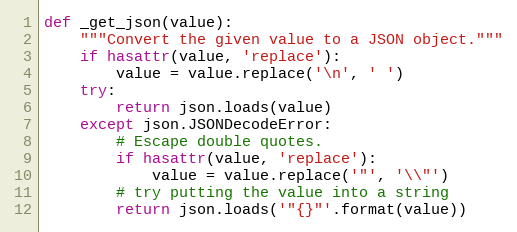
Language: Python
def _get_json(value):
    """Convert the given value to a JSON object."""
    if hasattr(value, 'replace'):
        value = value.replace('\n', ' ')
    try:
        return json.loads(value)
    except json.JSONDecodeError:
        # Escape double quotes.
        if hasattr(value, 'replace'):
            value = value.replace('"', '\\"')
        # try putting the value into a string
        return json.loads('"{}"'.format(value))